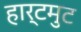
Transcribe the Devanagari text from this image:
हार्टमुट